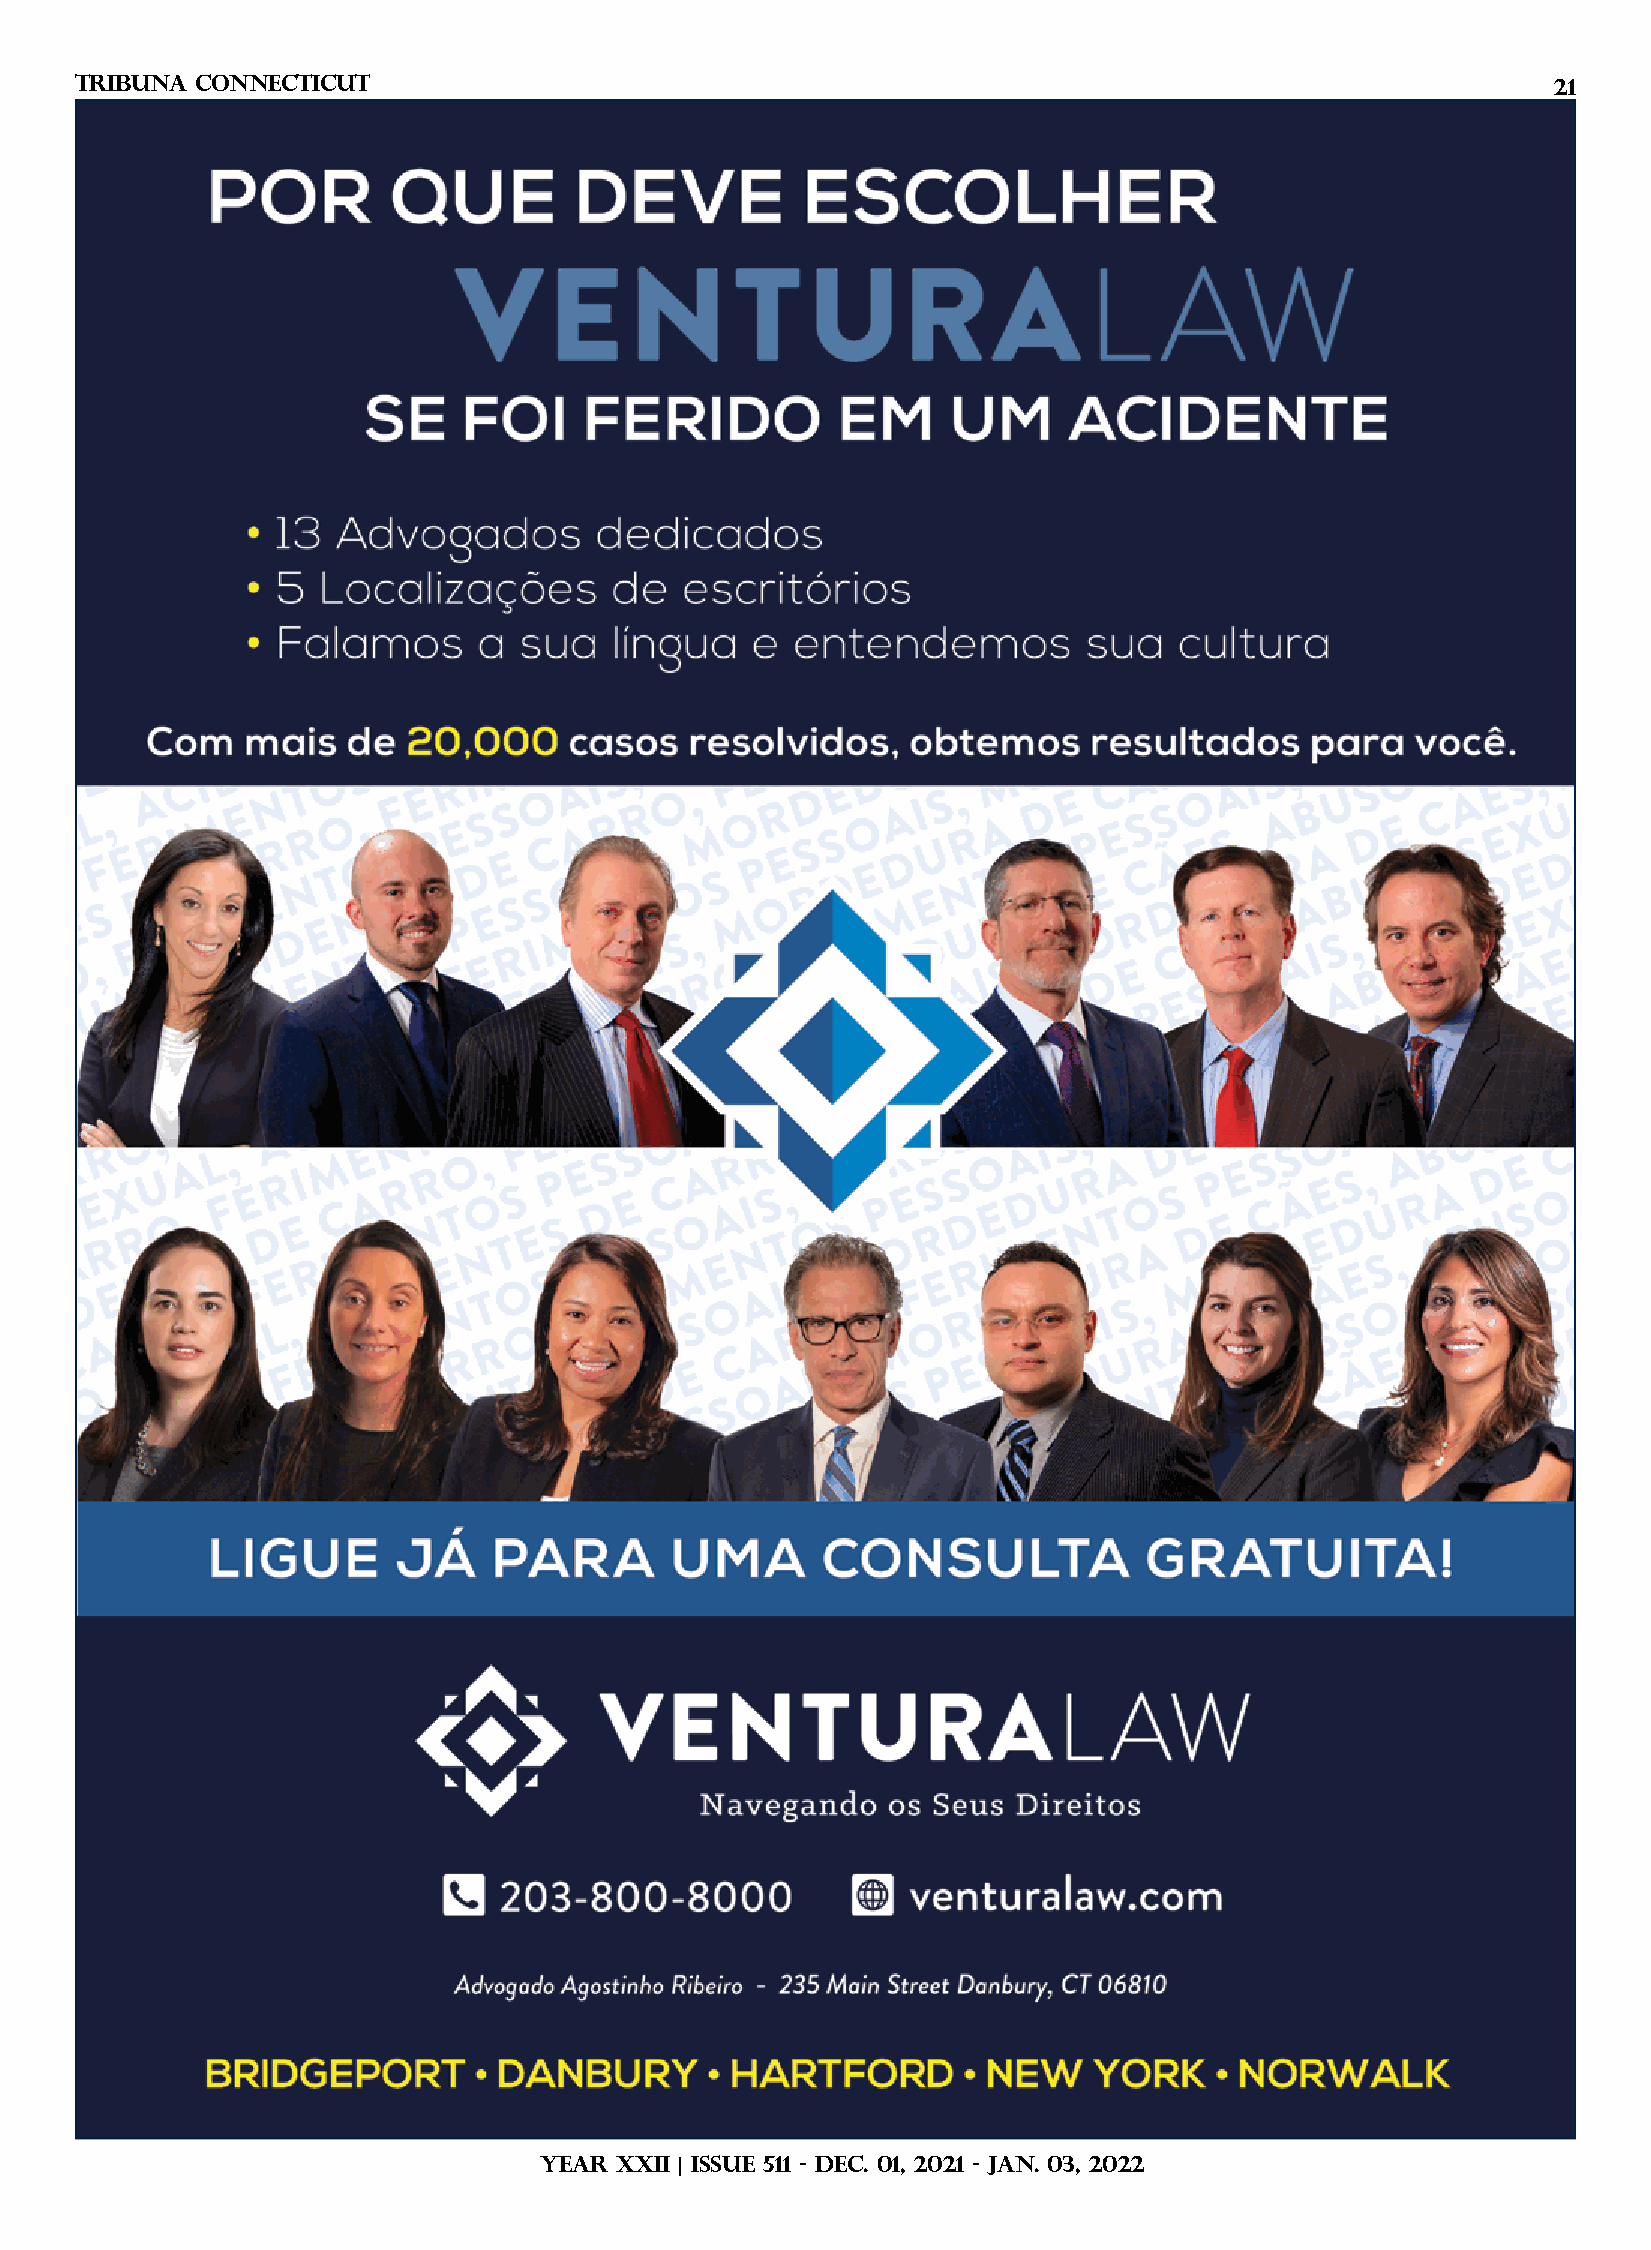
TRIBUNA Connecticut                                                                               21
 YEAR XXII | ISSUE 511 - DEC. 01, 2021 - JAN. 03, 2022